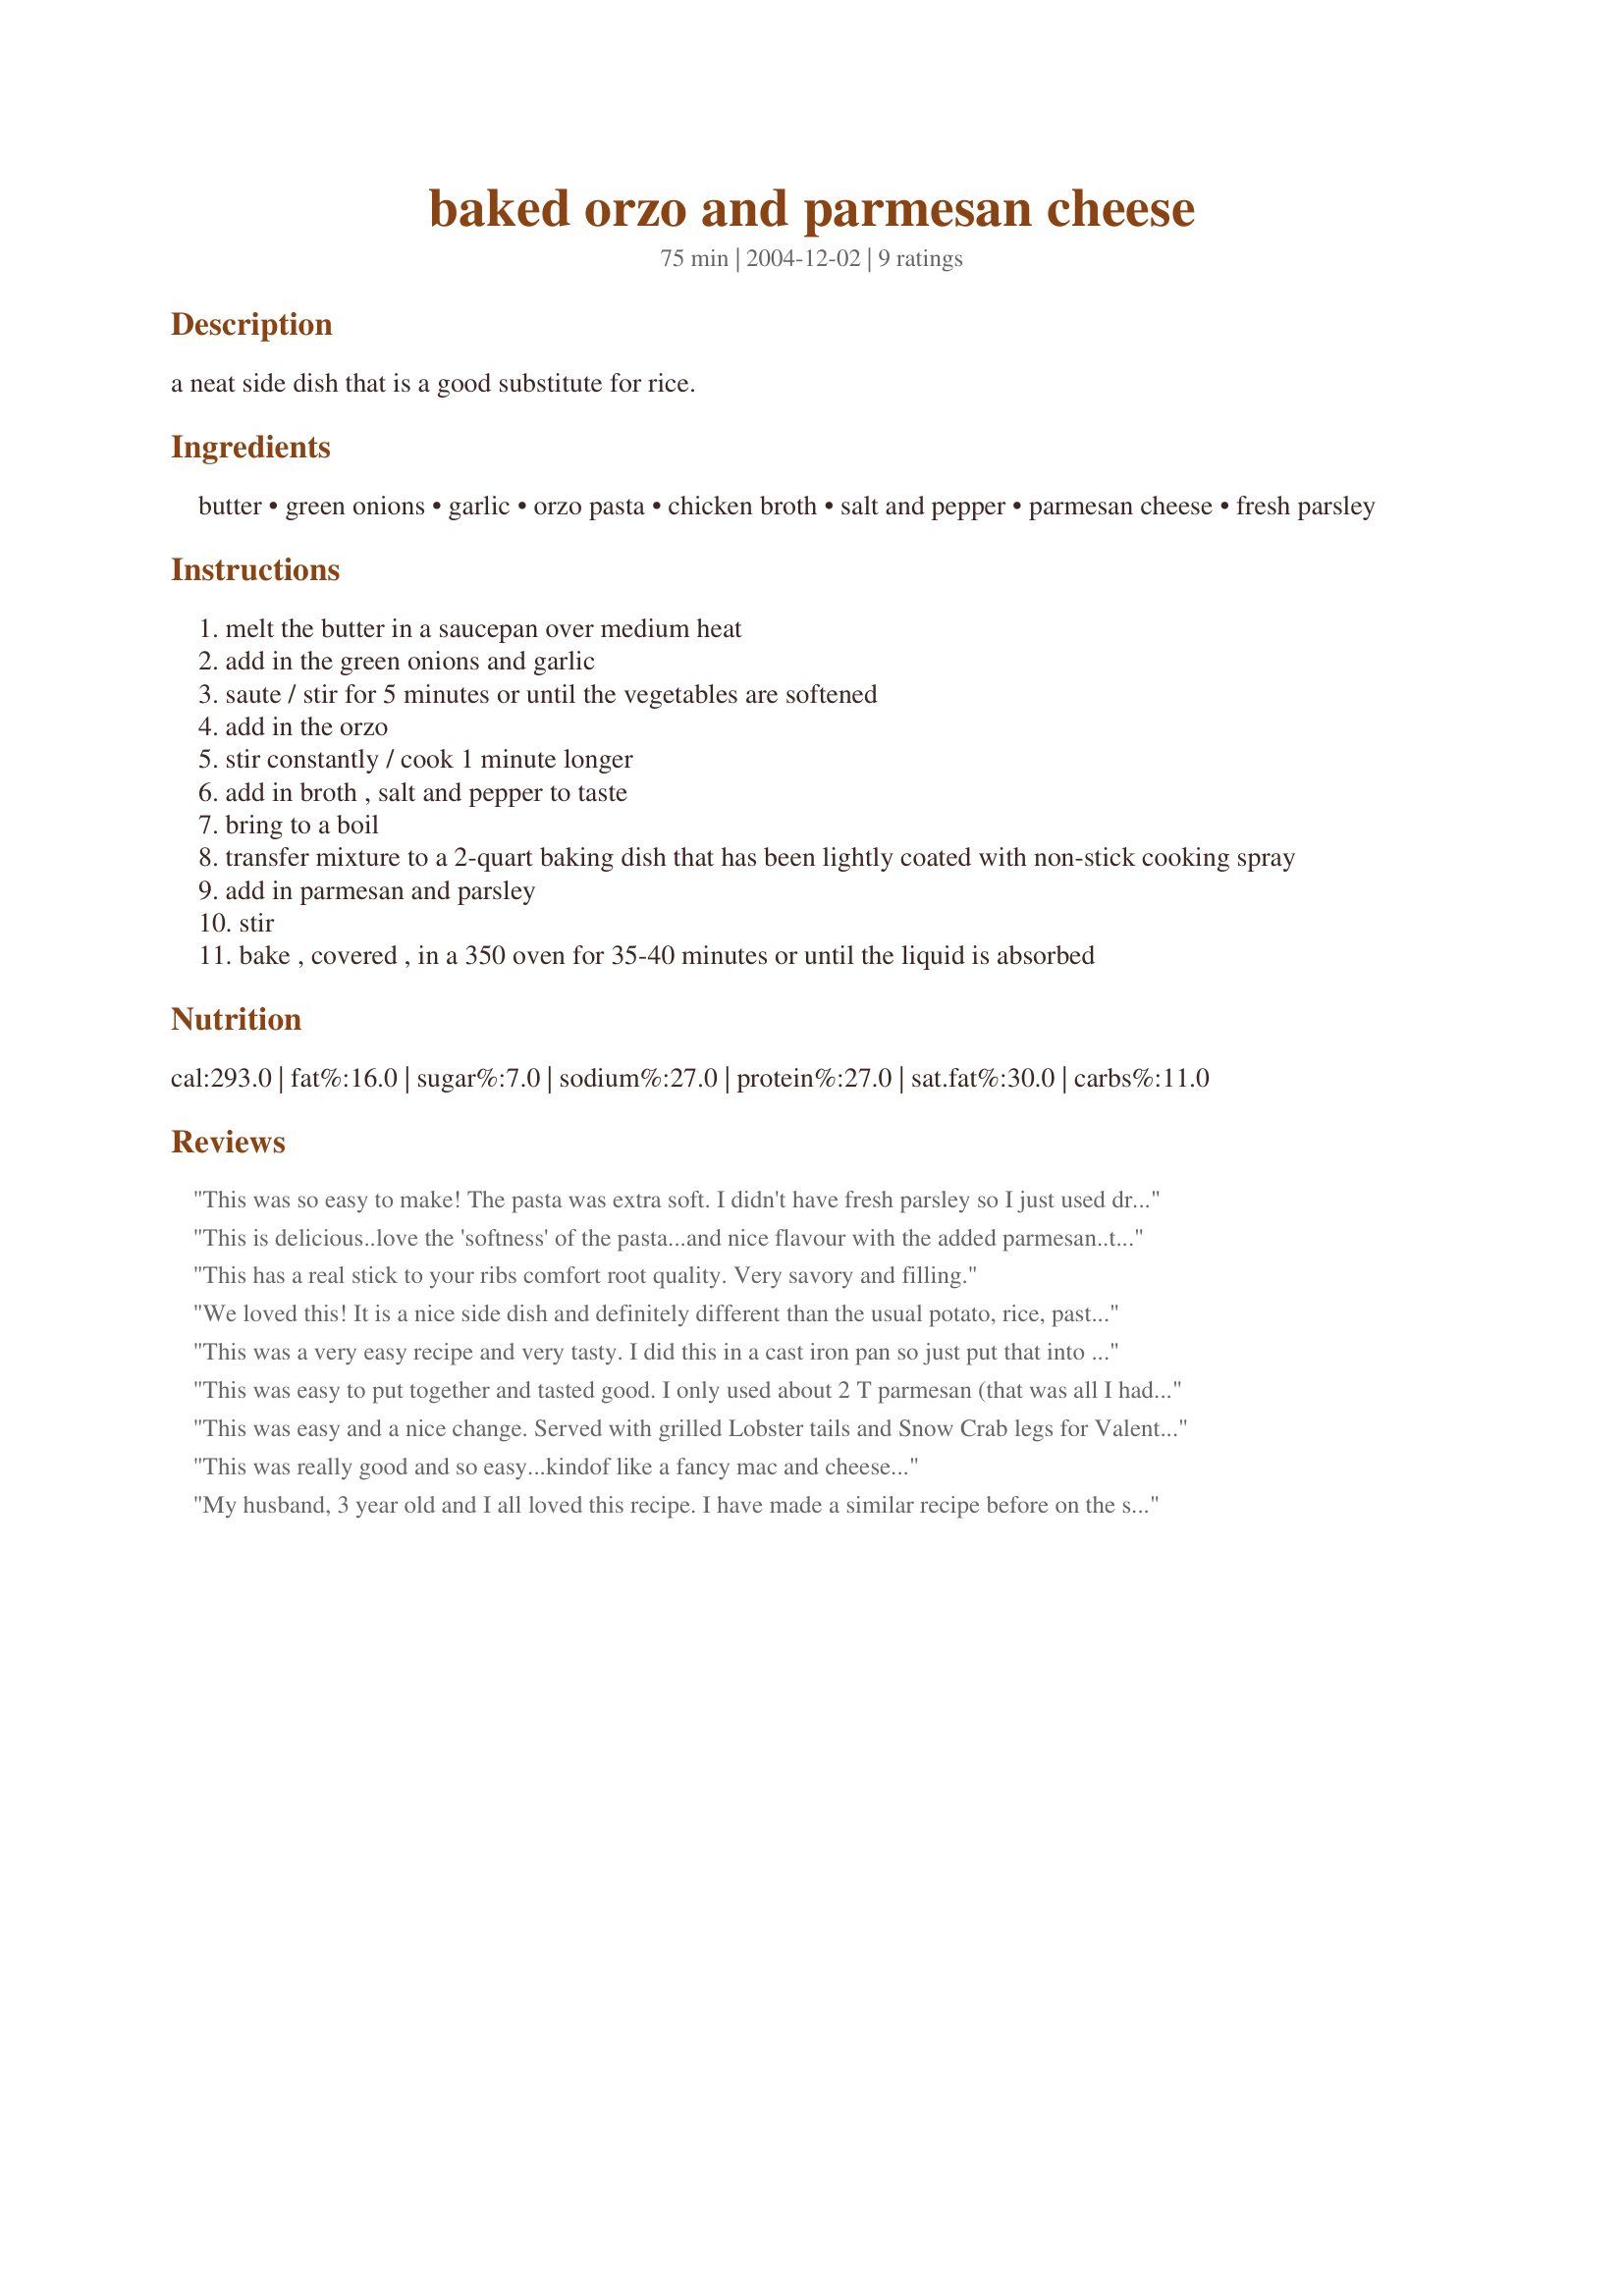
baked orzo and parmesan cheese
Preparation time: 75 minutes

a neat side dish that is a good substitute for rice.

Ingredients:
butter, green onions, garlic, orzo pasta, chicken broth, salt and pepper, parmesan cheese, fresh parsley

Steps:
melt the butter in a saucepan over medium heat
add in the green onions and garlic
saute / stir for 5 minutes or until the vegetables are softened
add in the orzo
stir constantly / cook 1 minute longer
add in broth , salt and pepper to taste
bring to a boil
transfer mixture to a 2-quart baking dish that has been lightly coated with non-stick cooking spray
add in parmesan and parsley
stir
bake , covered , in a 350 oven for 35-40 minutes or until the liquid is absorbed

Reviews:
This was so easy to make! The pasta was extra soft. I didn't have fresh parsley so I just used dried. I also added some extra parm on top when I served it.
This is delicious..love the 'softness' of the pasta...and nice flavour with the added parmesan..thanks for sharing.
This has a real stick to your ribs comfort root quality. Very savory and filling.
We loved this! It is a nice side dish and definitely different than the usual potato, rice, pasta sides. Next time I may even throw in some peas towards the end. I did cut it down to 1 T of butter, no other changes were made. Great as a side for our fish.
This was a very easy recipe and very tasty. I did this in a cast iron pan so just put that into the oven using just one dish. Served with Recipe #20048. Great meal.
This was easy to put together and tasted good. I only used about 2 T parmesan (that was all I had left), which was ok because I served it with Recipe #190207 and I don't think I would have paired well with the right amount of cheese. This did need salt and I would have liked a set amount mentioned. I did use chicken broth.
This was easy and a nice change. Served with grilled Lobster tails and Snow Crab legs for Valentines Day, and it paired well. Although my son didn't seem to like it as much as I thought he would, but I will make it again.
This was really good and so easy...kindof like a fancy mac and cheese...
My husband, 3 year old and I all loved this recipe. I have made a similar recipe before on the stovetop but this is much easier as it cooks hands-off. The only change I will make in the future is to add the parsley after it has cooked. I don't like how it looks after being in the oven for 30 minutes.
